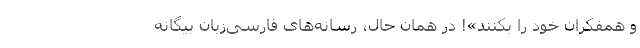
و همفکران خود را بکنند»! در همان حال، رسانه‌های فارسی‌زبان بیگانه